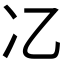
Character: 𫤾